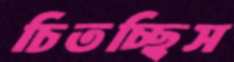
চিতচ্ছিস